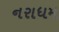
નરાધમ